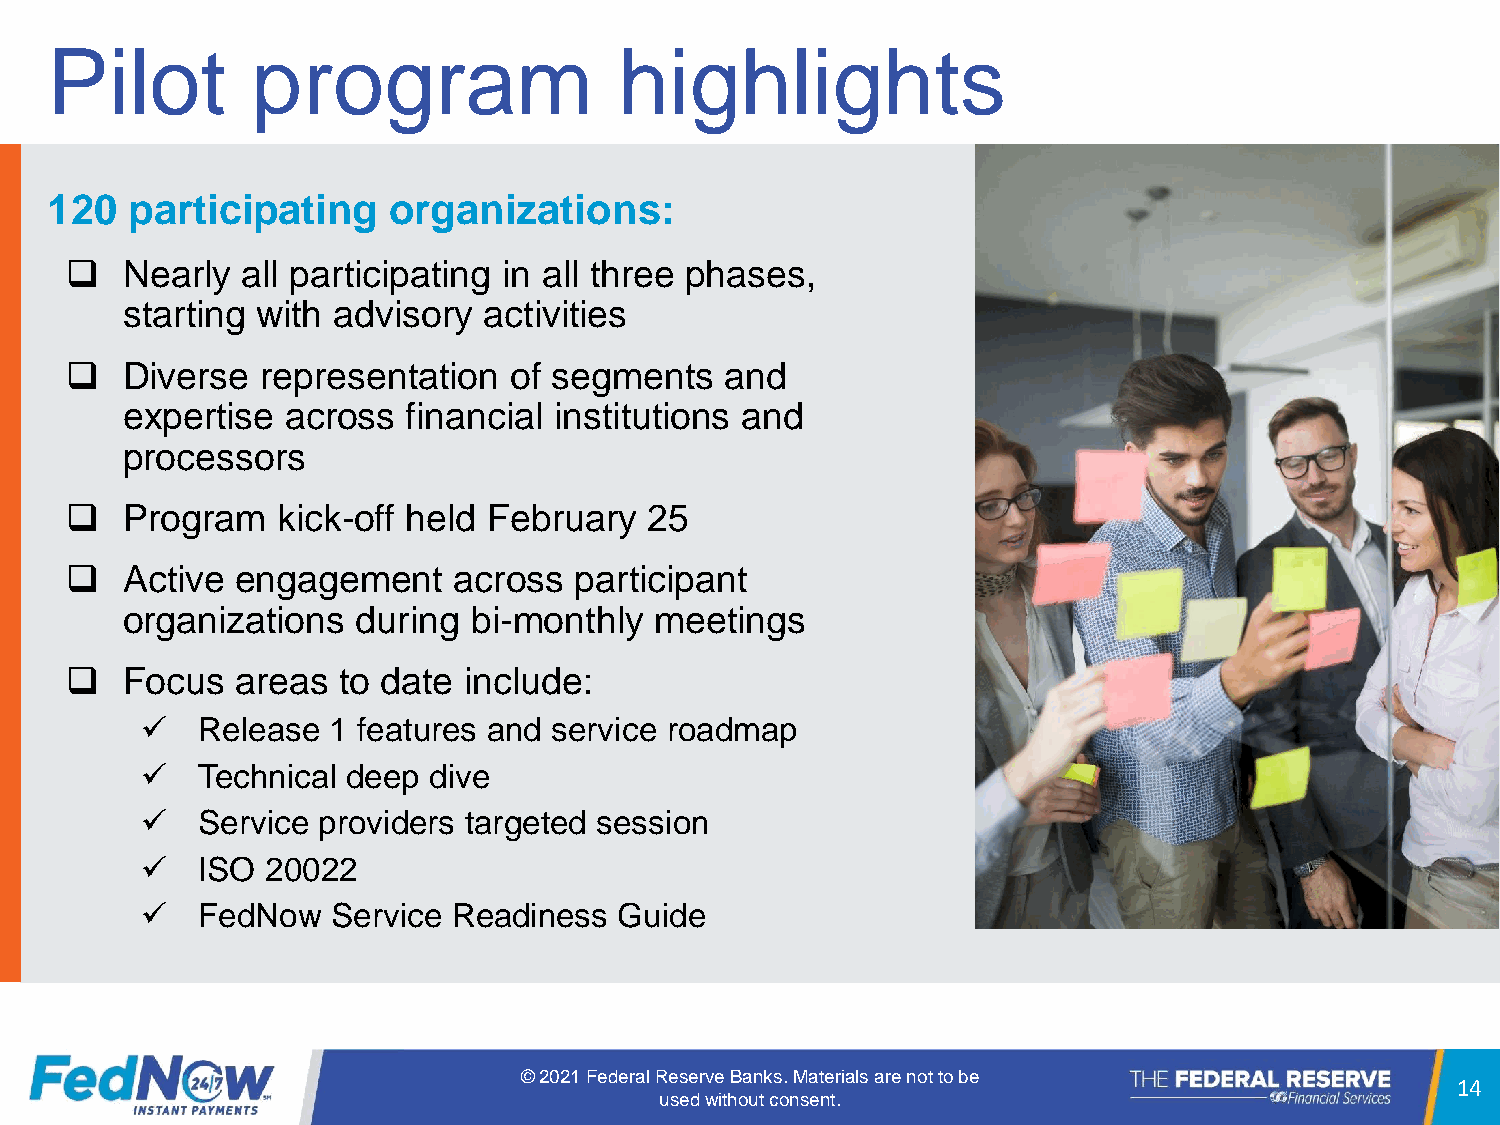
Pilot         program                 highlights
 120  participating     organizations:
 ❑   Nearly  all participating in all three phases,
 starting with advisory  activities
 ❑   Diverse  representation   of segments   and
 expertise  across  financial institutions and
 processors
 ❑   Program   kick-off held February   25
 ❑   Active  engagement    across  participant
 organizations   during bi-monthly  meetings
 ❑   Focus   areas  to date include:
 ✓   Release  1 features and service roadmap
 ✓   Technical deep dive
 ✓   Service providers targeted session
 ✓   ISO  20022
 ✓   FedNow   Service Readiness  Guide
 © 2021 Federal Reserve Banks. Materials are not to be
 14
 used without consent.